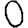
Digit: 0